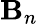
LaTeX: \mathbf{B}_{n}